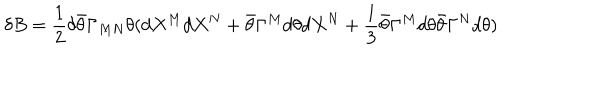
\delta B = { \frac { 1 } { 2 } } \delta \bar { \theta } \Gamma _ { M N } \theta ( d X ^ { M } d X ^ { N } + \bar { \theta } \Gamma ^ { M } d \theta d X ^ { N } + { \frac { 1 } { 3 } } \bar { \theta } \Gamma ^ { M } d \theta \bar { \theta } \Gamma ^ { N } d \theta )